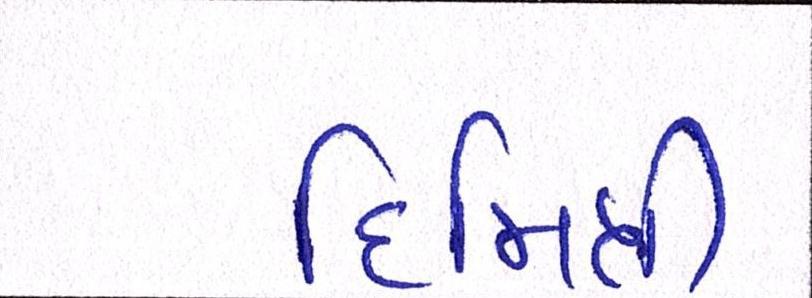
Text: દિમિત્રી